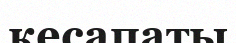
кесапаты